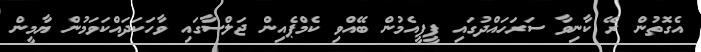
އެގޮތުން ރޭ ކާނިވާ ސަރަހައްދުގައި ޕީޕީއެމުން ބޭއްވި ކެމްޕެއިން ޖަލްސާގައި ވާހަކަދައްކަވަމުން ޔާމީން